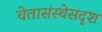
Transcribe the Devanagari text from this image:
चेतासंस्थेसदृश